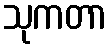
သုကတာ